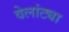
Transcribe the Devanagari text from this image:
वेलांट्या